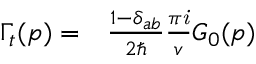
\begin{array} { r l } { \Gamma _ { t } ( p ) = } & { { } \frac { 1 - \delta _ { a b } } { 2 \hbar } \frac { \pi { \it i } } { v } G _ { 0 } ( p ) } \end{array}